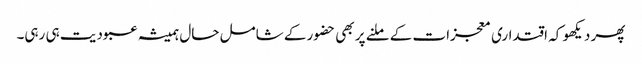
پھر دیکھو کہ اقتداری معجزات کے ملنے پر بھی حضور کے شامل حال ہمیشہ عبودیت ہی رہی۔